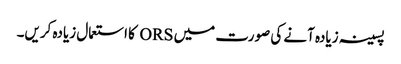
پسینہ زیادہ آنے کی صورت میں ORS کا استعمال زیادہ کریں۔